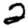
Digit: 2